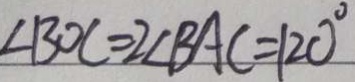
\angle B O C = 2 \angle B A C = 1 2 0 ^ { \circ }